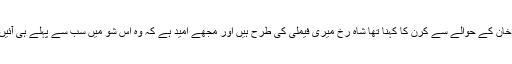
کنگ خان کے حوالے سے کرن کا کہنا تھا شاہ رخ میری فیملی کی طرح ہیں اور مجھے امید ہے کہ وہ اس شو میں سب سے پہلے ہی آئیں گے۔